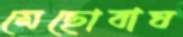
মেছোবাঘ